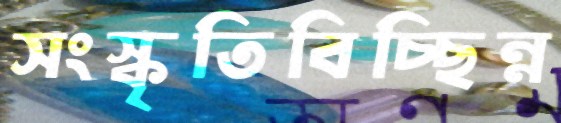
সংস্কৃতিবিচ্ছিন্ন